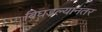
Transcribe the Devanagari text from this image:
बिघडल्यानंतर